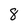
Character: 8